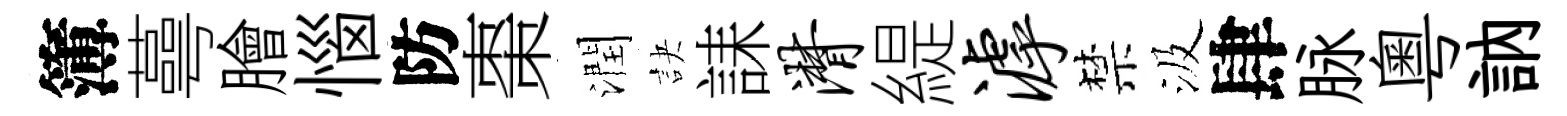
簿蕚膾惱防棗潤訣誄潸緹滹禁汲肆脉粵訥